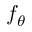
f _ { \theta }